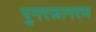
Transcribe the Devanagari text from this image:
पुनरजागरण